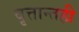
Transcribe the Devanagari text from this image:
वृत्तान्तही